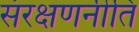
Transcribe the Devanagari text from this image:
संरक्षणनीति